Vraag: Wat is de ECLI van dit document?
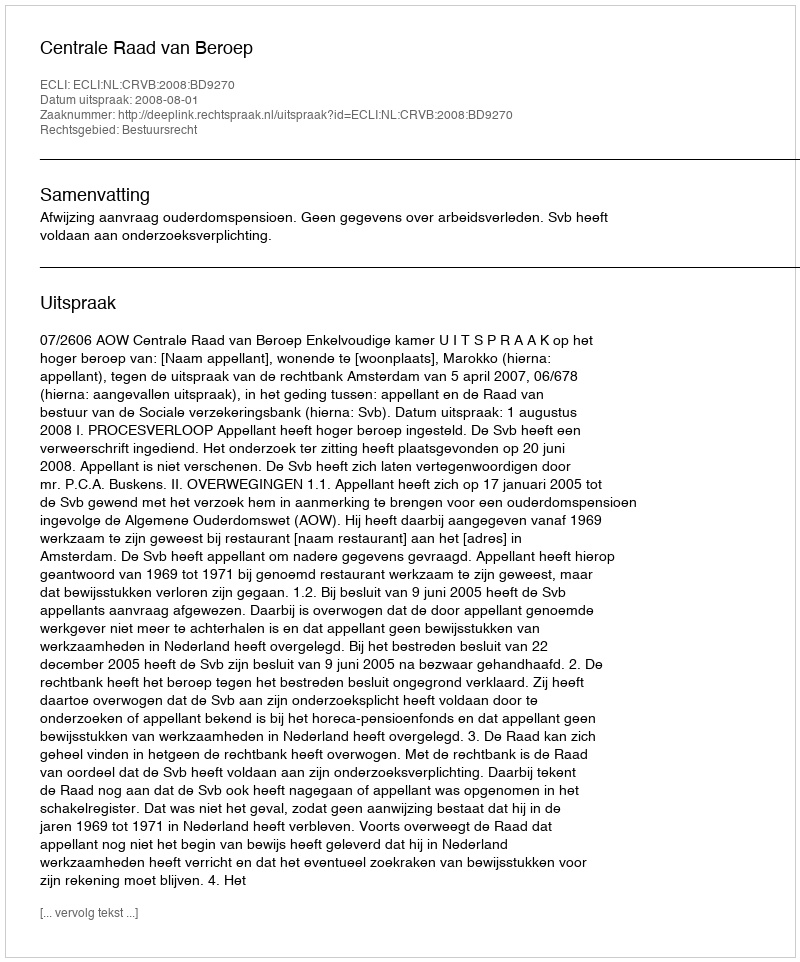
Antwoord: ECLI:NL:CRVB:2008:BD9270